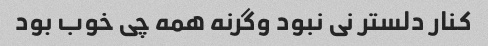
کنار دلستر نی نبود وگرنه همه چی خوب بود